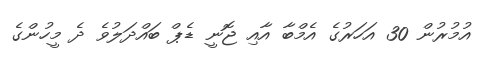
އުމުރުން 30 އަހަރުގެ އެމްބާ އާއި ޖޮނީ ޑެޕް ބައްދަލުވެ ދެ މީހުންގެ